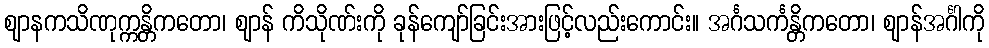
ဈာနကသိဏုက္ကန္တိကတော၊ ဈာန် ကိသိုဏ်းကို ခုန်ကျော်ခြင်းအားဖြင့်လည်းကောင်း။ အင်္ဂသင်္ကန္တိကတော၊ ဈာန်အင်္ဂါကို